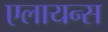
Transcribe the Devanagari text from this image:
एलायन्स